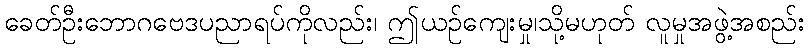
ခေတ်ဦးဘောဂဗေဒပညာရပ်ကိုလည်း၊ ဤယဉ်ကျေးမှု၊သို့မဟုတ် လူမှုအဖွဲ့အစည်း